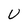
Character: U